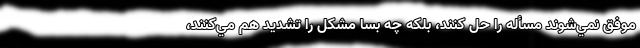
موفق نمي‌شوند مسأله را حل کنند، بلكه چه بسا مشكل را تشديد هم مي‌كنند،